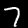
Label: 7